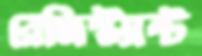
রেজিস্ট্যান্ট